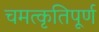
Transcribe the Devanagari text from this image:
चमत्कृतिपूर्ण